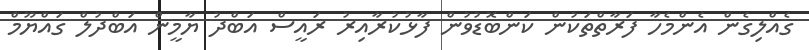
ގެއްލިގެން އެންމެހާ ފަރާތްތަކުން ކަންބޮޑުވުން ފާޅުކުރާއިރު ރައީސް އަބްދު ޔާމީން އަބްދުލް ގައްޔޫމް